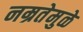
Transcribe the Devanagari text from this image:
नम्रतेमुळे